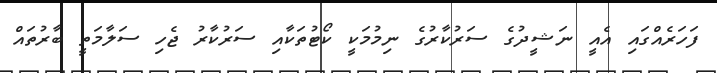
ފަހަރެއްގައި އެއީ ނަޝީދުގެ ސަރުކާރުގެ ނިމުމަކީ ކޯޓުތަކާއި ސަރުކާރު ޖެހި ސަލާމަތީ ބާރުތައް